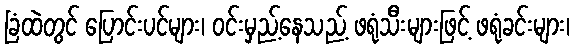
ခြံထဲတွင် ပြောင်းပင်များ၊ ဝင်းမှည့်နေသည့် ဖရုံသီးများဖြင့် ဖရုံခင်းများ၊